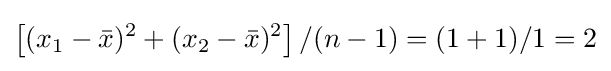
\left[(x_{1}-{\bar {x}})^{2}+(x_{2}-{\bar {x}})^{2}\right]/(n-1)=(1+1)/1=2